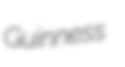
Guinness